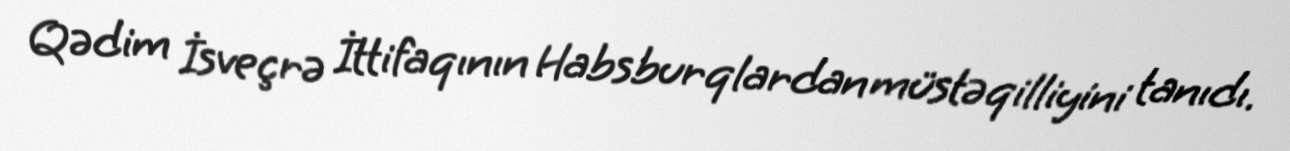
Qədim İsveçrə İttifaqının Habsburqlardan müstəqilliyini tanıdı.